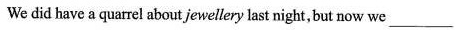
We did have a quarrel about jewellery last night,but now we _______________.